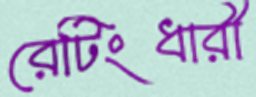
রেটিংধারী